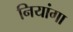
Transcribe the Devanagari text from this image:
नियांगा